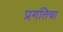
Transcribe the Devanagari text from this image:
प्रगतिचा